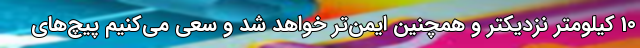
10 کیلومتر نزدیکتر و همچنین ایمن‌تر خواهد شد و سعی می‌کنیم پیچ‌های